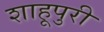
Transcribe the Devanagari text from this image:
शाहूपुरी